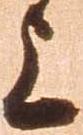
上